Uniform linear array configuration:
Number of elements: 64
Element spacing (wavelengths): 1
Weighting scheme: uniform
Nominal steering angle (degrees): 60
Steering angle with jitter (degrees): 58.408
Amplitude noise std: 0.05
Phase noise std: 0.05

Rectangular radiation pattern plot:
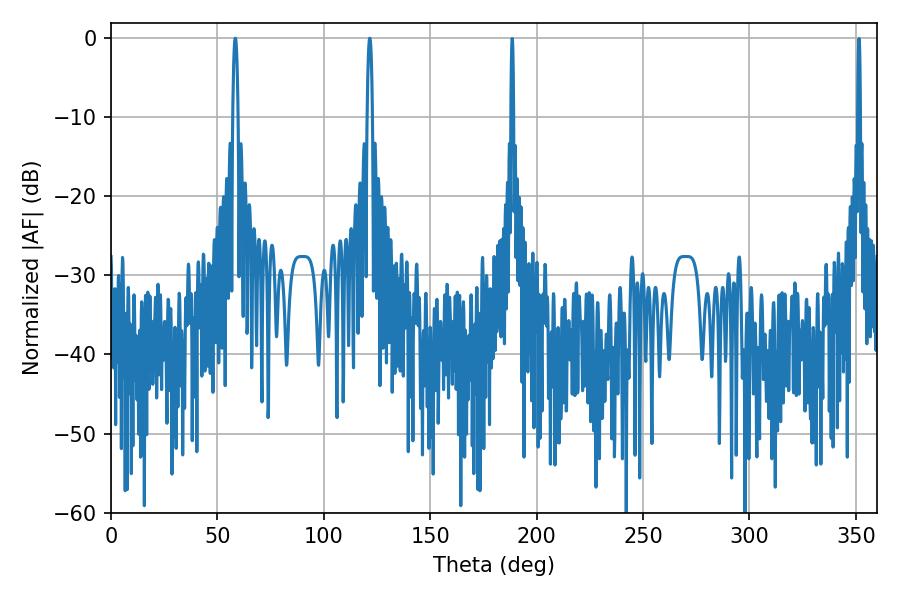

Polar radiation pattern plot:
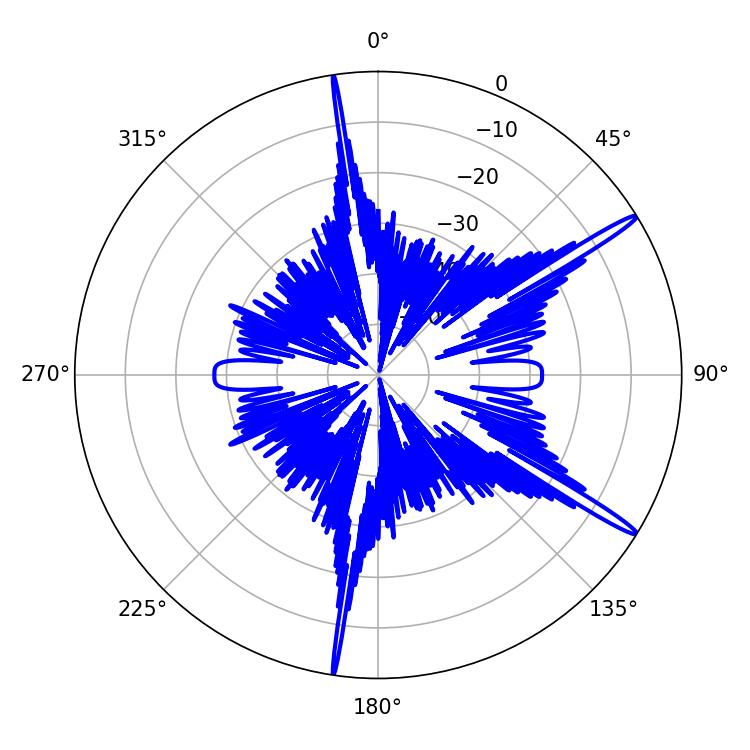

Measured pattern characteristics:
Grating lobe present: TRUE
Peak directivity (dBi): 16.376
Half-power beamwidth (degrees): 1.26
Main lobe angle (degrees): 58.32